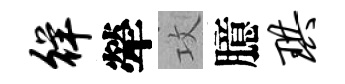
徉犖攻臆珙